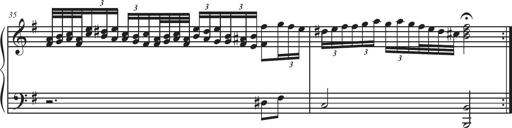
Title: Sonatina Espania
Composer: Jerald Franklin Archer
Key: Various